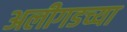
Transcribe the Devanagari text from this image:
अलीगडच्या